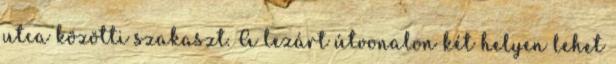
utca közötti szakaszt. A lezárt útvonalon két helyen lehet